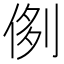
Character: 𠝓